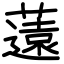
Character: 薳